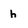
Character: h